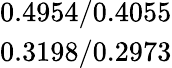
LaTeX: \begin{array}{c}{0.4954/0.4055}\\ {0.3198/0.2973}\end{array}